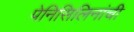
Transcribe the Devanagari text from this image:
पेनिसिलिनांची